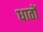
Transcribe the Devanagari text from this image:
धातों